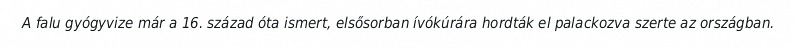
A falu gyógyvize már a 16. század óta ismert, elsősorban ívókúrára hordták el palackozva szerte az országban.